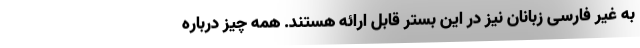
به غیر فارسی زبانان نیز در این بستر قابل ارائه هستند. همه چیز درباره